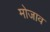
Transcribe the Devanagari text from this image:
मोजाव